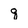
Character: q